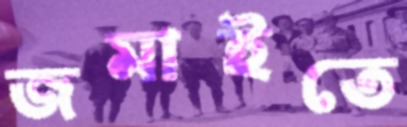
জমাইতে